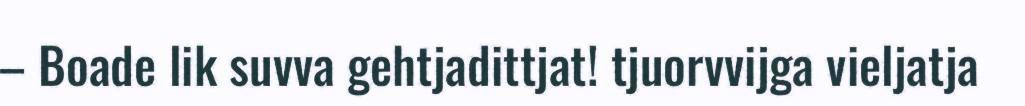
– Boade lik suvva gehtjadittjat! tjuorvvijga vieljatja